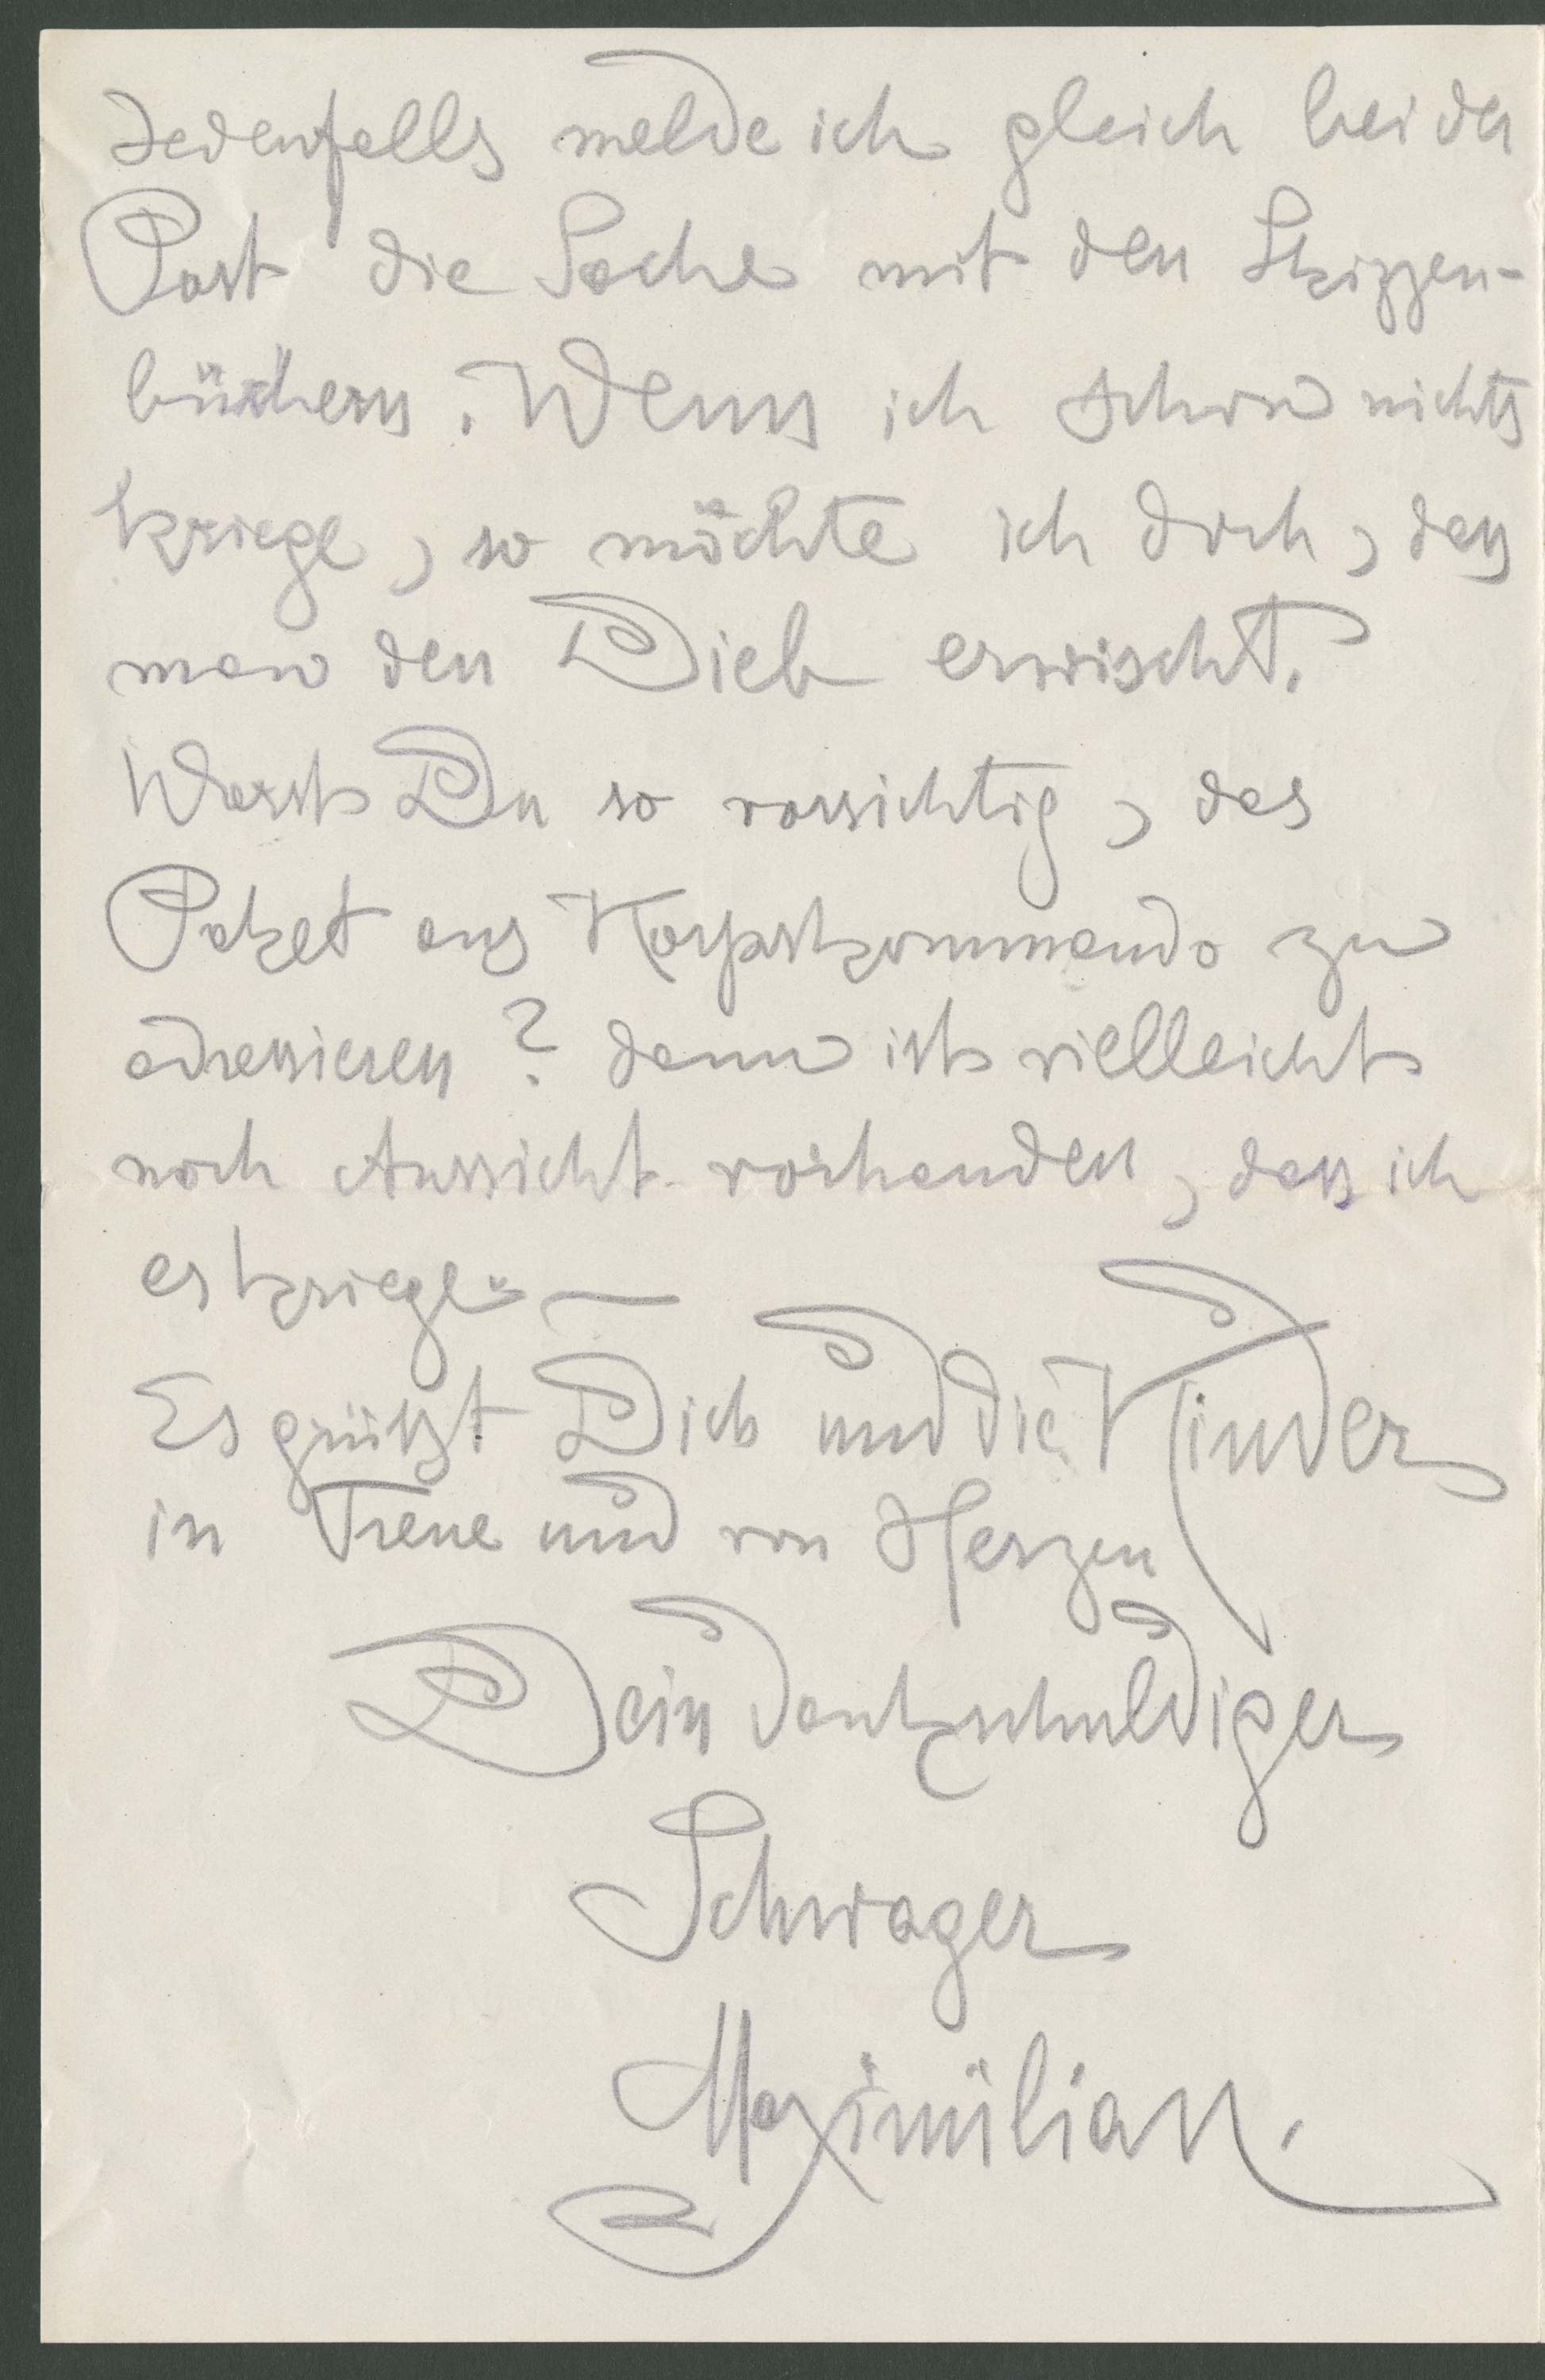
Jedenfalls melde ich gleich bei der
Post die Sache mit den Skizzen-
büchern. Wenn ich schon nichts
kriege, so möchte ich doch, dass
man den Dieb erwischt.
Warst Du so vorsichtig, das
Paket ans Korpskommando zu
adressieren? Dann ist vielleicht
noch Aussicht vorhanden, dass ich
es kriege.
Es grüßt Dich und die Kinder
in Treue und von Herzen
Dein dankschuldiger
Schwager
Maximilian.